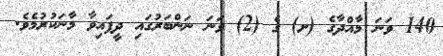
140 ވަނަ މާއްދާގެ (ށ) ގެ (2) ވަނަ ނަންބަރުގައި ދީފައިވާ މާނަކުރުމެވެ.